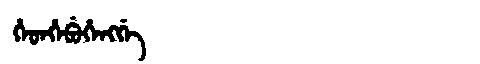
Manchu: ᡥᡝᡨᡥᡝᠪᡠᡥᡝᠩᡤᡝ
Romanization: HETHEBUHENGGE